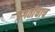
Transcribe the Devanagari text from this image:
प्रगतीचाच